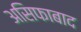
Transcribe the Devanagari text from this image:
असिफाबाद